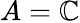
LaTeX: A=\mathbb{C}